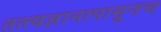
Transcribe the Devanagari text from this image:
तत्त्वज्ञानापासूनच